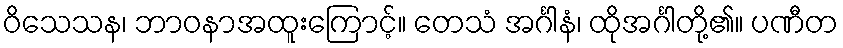
ဝိသေသန၊ ဘာဝနာအထူးကြောင့်။ တေသံ အင်္ဂါနံ၊ ထိုအင်္ဂါတို့၏။ ပဏီတ